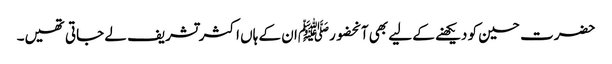
حضرت حسین کو دیکھنے کے لیے بھی آنحضورﷺان کے ہاں اکثرتشریف لے جاتی تھیں۔